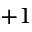
+ 1